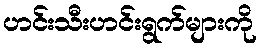
ဟင်းသီးဟင်းရွက်များကို